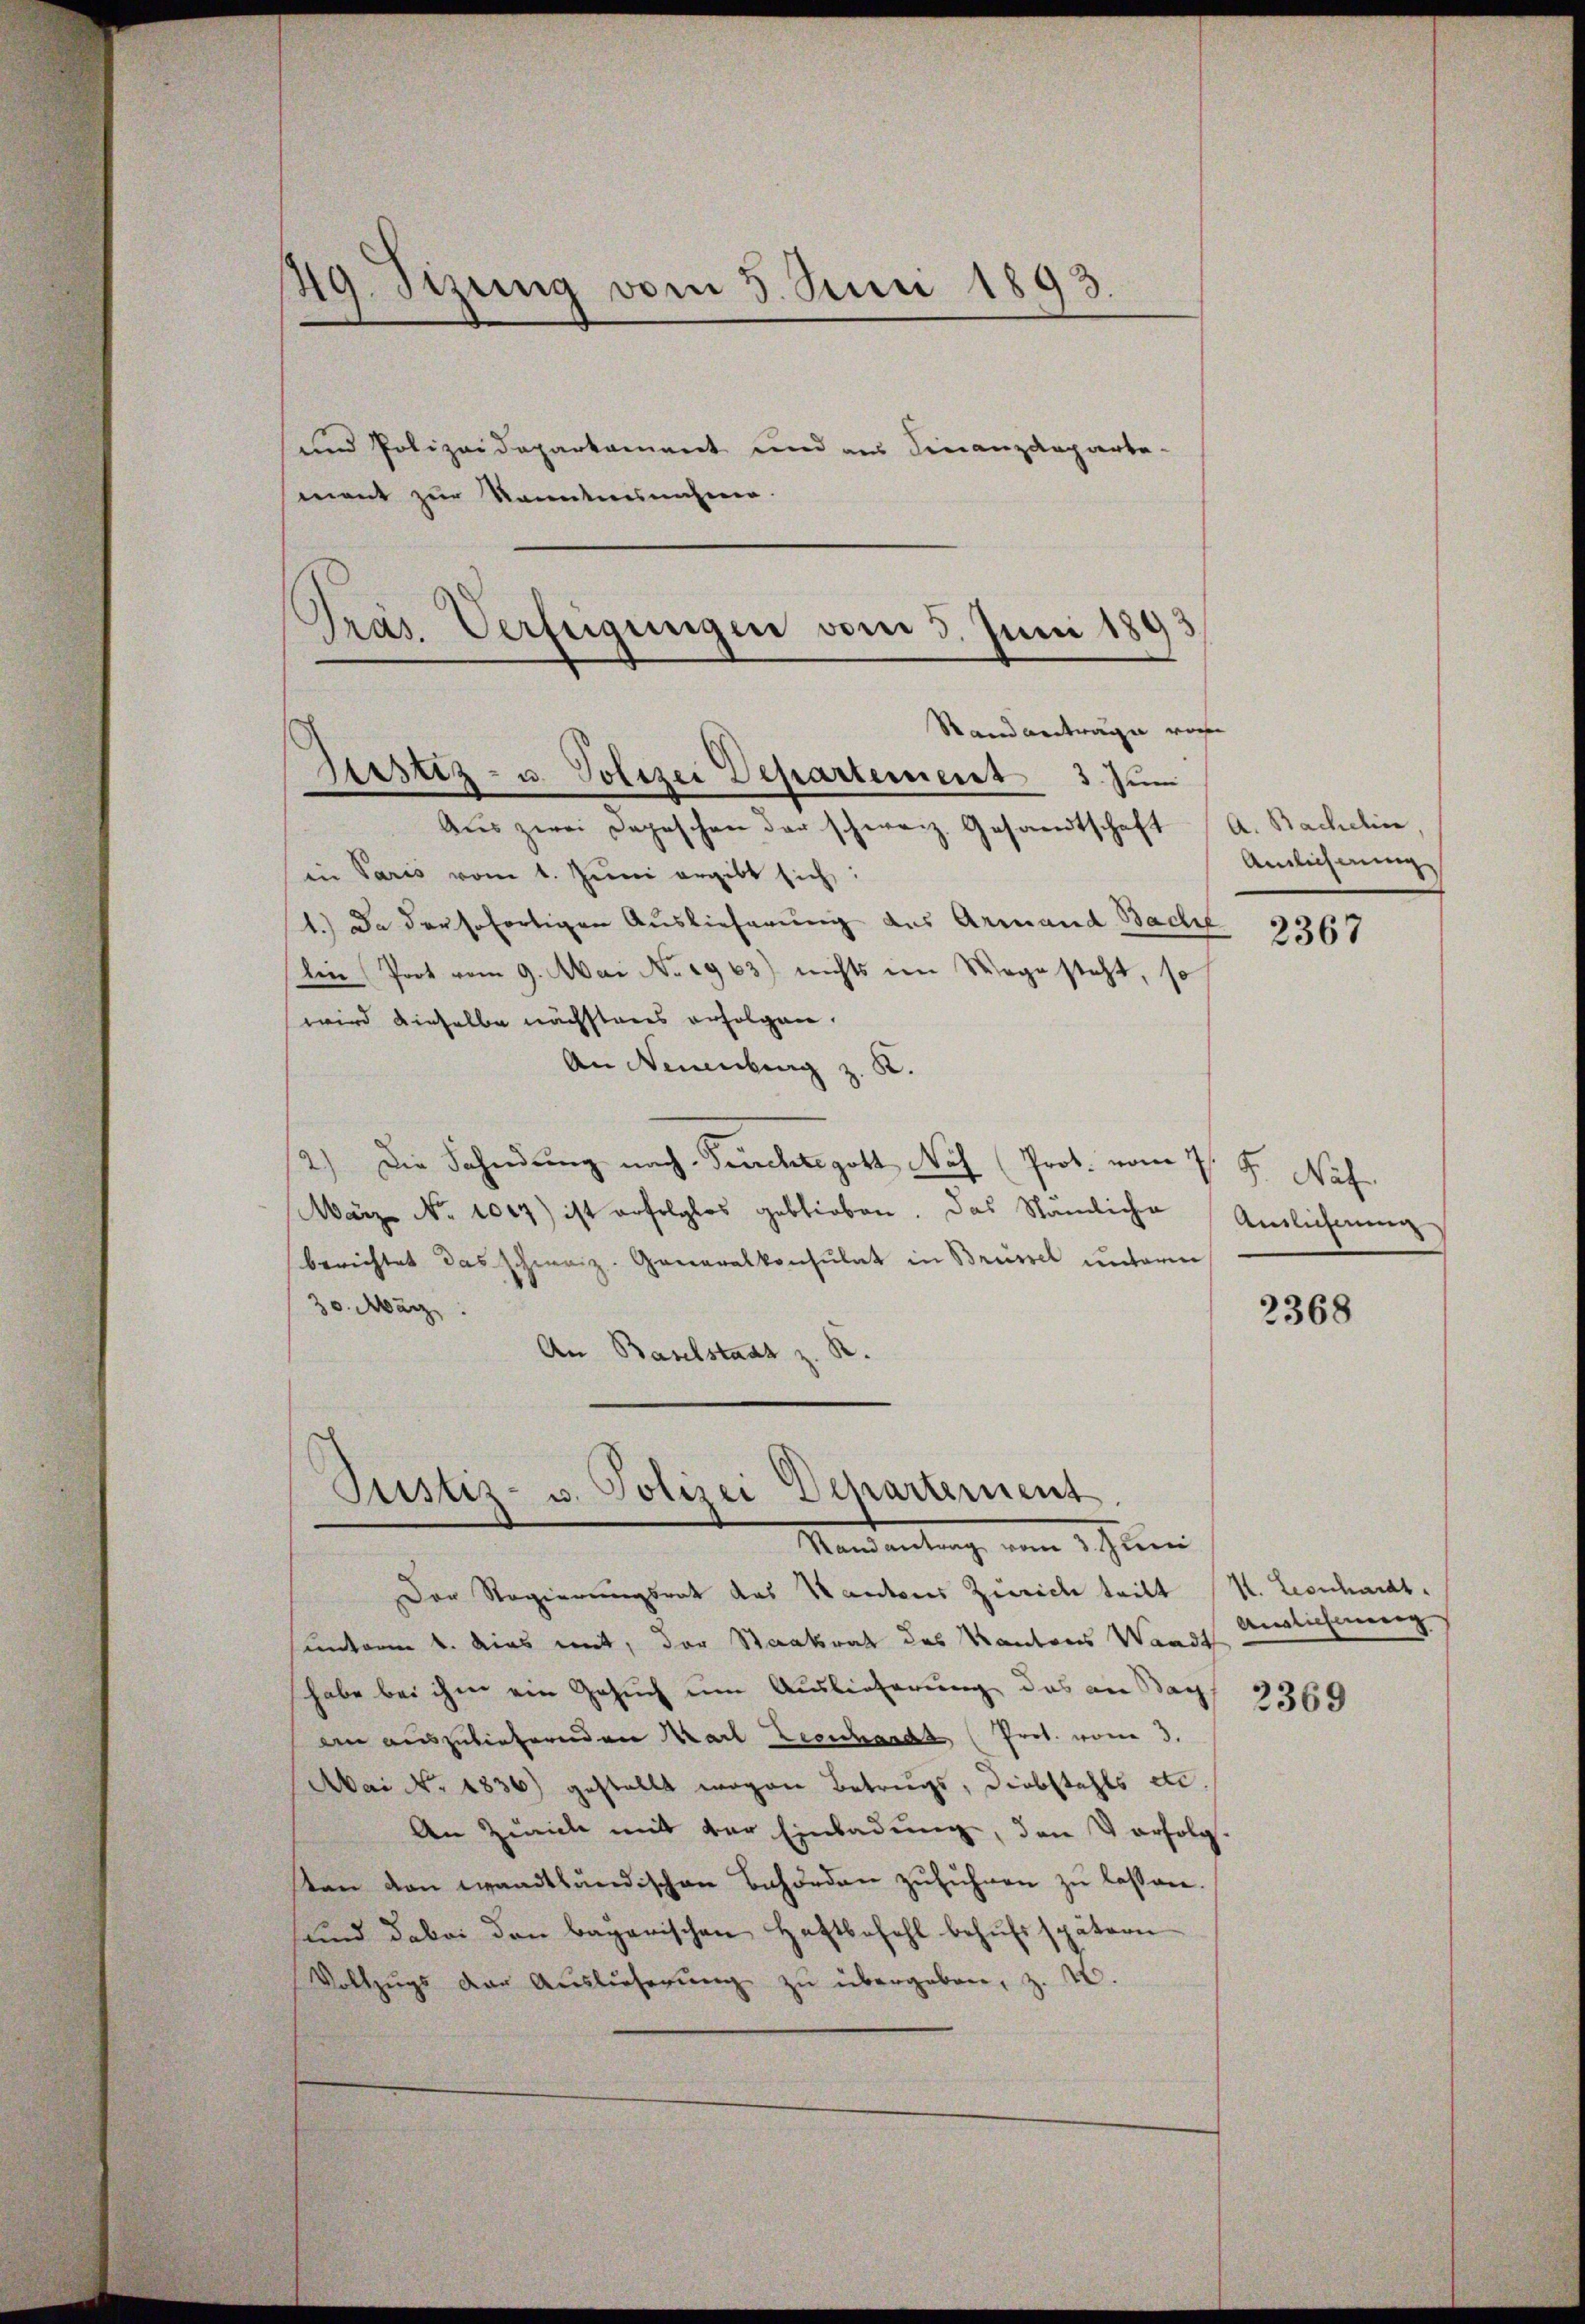
49. Sizung vom 5. Juni 1893.

und Polizeideparkoment und aus Finanzdeparte-
mant zur kanntnisnahmen.
Aus zwei Depeschen der schweiz. Gesandtschaft
in Paris vom 1. Juni ergibt sich
1.) Da der sofortigen Auslieferung des Armand Bache
lin Prot vom 9. Mai No 2963) nichts im Wege steht, so
wird dieselbe nächsteres erfolgen.
An Neuenburg z. B.
2.) Die Fahndung nach Feuchte gott Nach (Prot. vom 7. F. Naf
März No. 1007) ist erfolglos geblieben. Das Stämliche
berichtet das schweiz. Generalkonsulat in Brüssel unterm
30. März
.
An Baselstadt z.

Präs. Verfügungen vom 5. Juni 186
Standantrage vor
Justiz- u. Polizei Departement 3. Jun

Justiz- u. Polizei Departement
Mandantung von ein

Der Regierungsrat das Handers Zürich teilt V. Leonhardt.
unterm 4. dies mit, der Staatsrat des Kantons Waadt
habe bei ihm ein Gesuch um Auslieferung das an Sach
an auszubieternden Karl Leonhardt (Prot. von 3.
Mai No 1836) gestellt wegen Betriegs, Diebstahls etc.
An Zürich mit der Einladung, den Verfolg.
sten den waadtländischen Behörden zŭführen zŭ lassen.
und dabei den bagarischen Haftbefohl behufs spätern
d.
Vollzŭgs der Auslieferŭng zŭ übergeben, z.

A. Bachelin
Anlicherung
2367

Antlichnung

2368

Anglicherung

2369